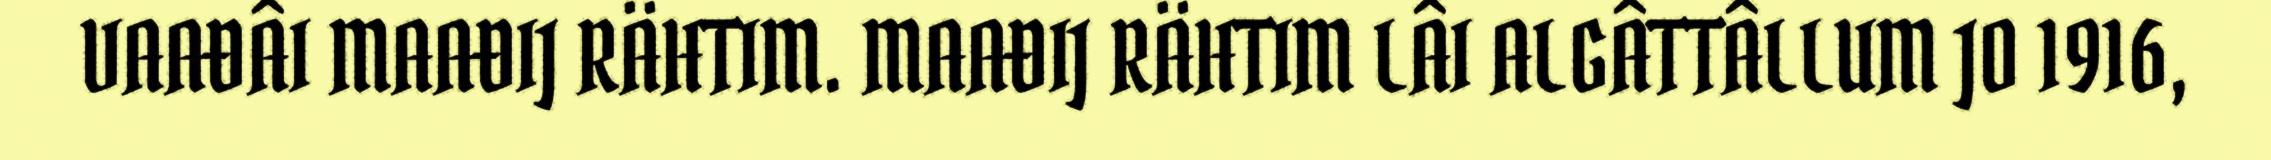
VAAĐÂI MAAĐIJ RÄHTIM. MAAĐIJ RÄHTIM LÂI ALGÂTTÂLLUM JO 1916,